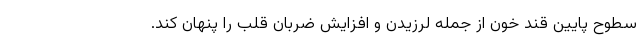
سطوح پایین قند خون از جمله لرزیدن و افزایش ضربان قلب را پنهان کند.